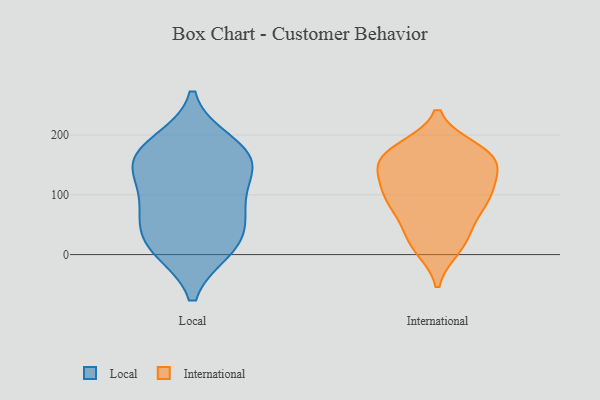
{"axis": {"x": "Tickets Resolved", "y": "Value"}, "legend": ["International", "Local"], "data": [{"x": "", "y": 186, "type": "Local"}, {"x": "", "y": 158, "type": "Local"}, {"x": "", "y": 63, "type": "Local"}, {"x": "", "y": 13, "type": "Local"}, {"x": "", "y": 170, "type": "Local"}, {"x": "", "y": 76, "type": "Local"}, {"x": "", "y": 146, "type": "Local"}, {"x": "", "y": 10, "type": "Local"}, {"x": "", "y": 24, "type": "Local"}, {"x": "", "y": 150, "type": "Local"}, {"x": "", "y": 96, "type": "Local"}, {"x": "", "y": 144, "type": "International"}, {"x": "", "y": 163, "type": "International"}, {"x": "", "y": 12, "type": "International"}, {"x": "", "y": 56, "type": "International"}, {"x": "", "y": 29, "type": "International"}, {"x": "", "y": 104, "type": "International"}, {"x": "", "y": 120, "type": "International"}, {"x": "", "y": 155, "type": "International"}, {"x": "", "y": 98, "type": "International"}, {"x": "", "y": 170, "type": "International"}, {"x": "", "y": 157, "type": "International"}, {"x": "", "y": 166, "type": "International"}, {"x": "", "y": 103, "type": "International"}, {"x": "", "y": 17, "type": "International"}, {"x": "", "y": 175, "type": "International"}, {"x": "", "y": 81, "type": "International"}, {"x": "", "y": 85, "type": "International"}]}